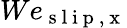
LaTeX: We_{\mathrm{~s~l~i~p~,~x~}}